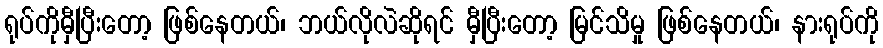
ရုပ်ကိုမှီပြီးတော့ ဖြစ်နေတယ်၊ ဘယ်လိုလဲဆိုရင် မှီပြီးတော့ မြင်သိမှု ဖြစ်နေတယ်၊ နားရုပ်ကို